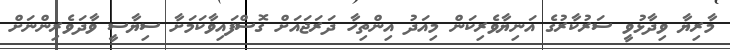
މާރިޔާ ވިދާޅުވީ ސަރުކާރުގެ އަނިޔާވެރިކަން މިއަދު އިންތިހާ ދަރަޖައަށް ގޮސްފައިވާކަމަށާ ސިޔާސީ ވާދަވެރިންނަށް